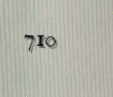
710